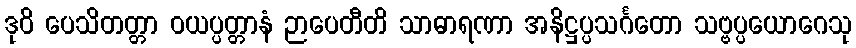
ဒုဝိ ပေသိတတ္တာ ဝယပ္ပတ္တာနံ ဉာပေတီတိ သာဓာရဏာ အနိဋ္ဌပ္ပသင်္ဂတော သဗ္ဗပ္ပယောဂေသု